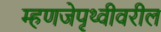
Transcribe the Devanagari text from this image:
म्हणजेपृथ्वीवरील